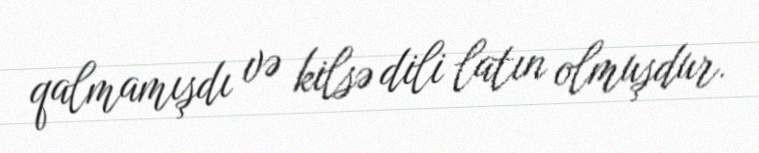
qalmamışdı və kilsə dili latın olmuşdur.